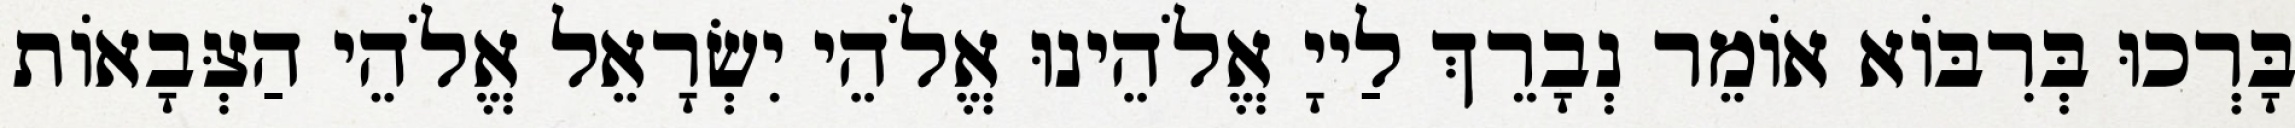
בָּרְכוּ בְּרִבּוֹא אוֹמֵר נְבָרֵךְ לַייָ אֱלֹהֵינוּ אֱלֹהֵי יִשְׂרָאֵל אֱלֹהֵי הַצְּבָאוֹת